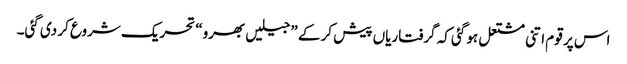
اس پر قوم اتنی مشتعل ہو گئی کہ گرفتاریاں پیش کر کے ”جیلیں بھرو“ تحریک شروع کر دی گئی۔